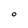
Character: 0